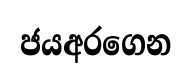
ජයඅරගෙන